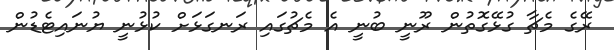
ރޭގެ މެޗާ ގުޅޭގޮތުން ރޫނީ ބުނީ އެ މެޗުގައި ރަނގަޅަށް ކުޅުނީ ޔުނައިޓެޑުން